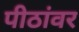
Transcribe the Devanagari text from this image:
पीठांवर